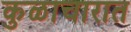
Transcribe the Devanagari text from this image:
कुळाचारात